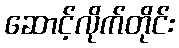
ဆောင့်လိုက်တိုင်း